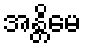
အန္တိမေ